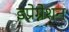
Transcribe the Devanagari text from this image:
इप्रेग्नेशन